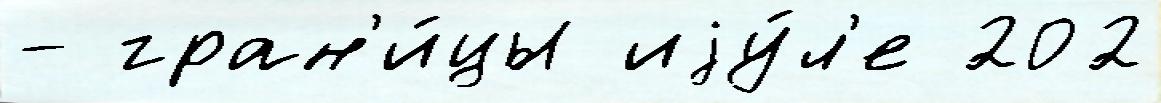
- гран'и́цы иjу́л'е 202